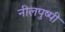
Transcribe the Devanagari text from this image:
नीलपुष्पी